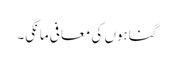
گناہوں کی معافی مانگی۔